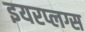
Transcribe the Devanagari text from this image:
इयरप्लग्स